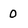
Character: 0